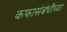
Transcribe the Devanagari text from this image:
कफासंबंधीच्या